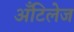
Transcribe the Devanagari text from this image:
अँटिलेज